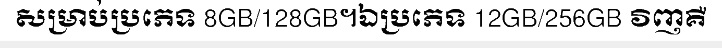
សម្រាប់ប្រភេទ 8GB/128GB។ឯប្រភេទ 12GB/256GB វិញគឺ